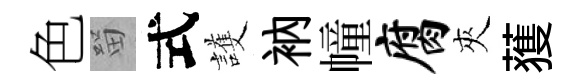
色㽞式護衲幢腐夾𫉬